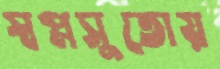
স্বপ্নসুতোয়